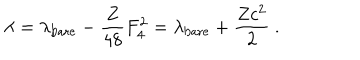
\lambda = \lambda _ { \mathrm { b a r e } } - \frac { Z } { 4 8 } F _ { 4 } ^ { 2 } = \lambda _ { \mathrm { b a r e } } + \frac { Z c ^ { 2 } } { 2 } \ .